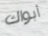
أبواك